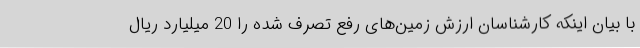
با بیان اینکه کارشناسان ارزش زمین‌های رفع تصرف شده را 20 میلیارد ریال